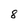
Character: 8